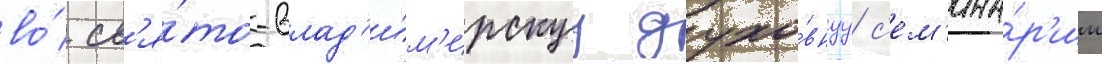
во́ св'я́то-влад'и́м'ирскуу духо́внуу с'ем'ина́р'ии